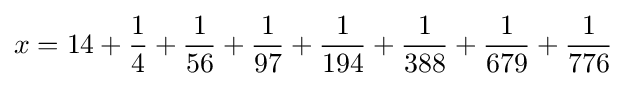
x=14+{\frac {1}{4}}+{\frac {1}{56}}+{\frac {1}{97}}+{\frac {1}{194}}+{\frac {1}{388}}+{\frac {1}{679}}+{\frac {1}{776}}